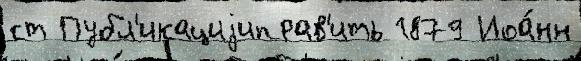
ст Публ'икациjиправ'ить 1879 Иоа́нн